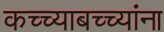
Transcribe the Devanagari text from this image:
कच्च्याबच्च्यांना